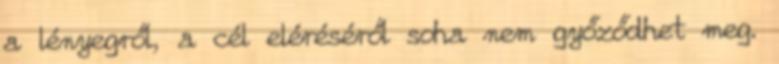
a lényegről, a cél eléréséről soha nem győződhet meg.